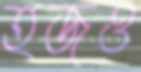
হজও